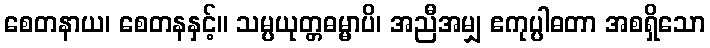
စေတနာယ၊ စေတနနှင့်။ သမ္ပယုတ္တဓမ္မာပိ၊ အညီအမျှ ဧကုပ္ပါဓတာ အစရှိသော